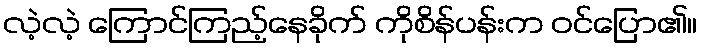
လဲ့လဲ့ ကြောင်ကြည့်နေခိုက် ကိုစိန်ပန်းက ဝင်ပြော၏။